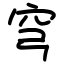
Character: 穹